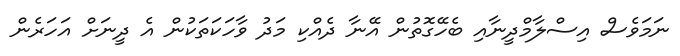
ނަމަވެސް އިސްލާމްދީނާއި ބެހޭގޮތުން އޭނާ ދެއްކި މަދު ވާހަކަތަކުން އެ ދީނަށް އަހަރެން